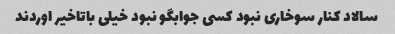
سالاد کنار سوخاری نبود کسی جوابگو نبود خیلی باتاخیر اوردند